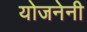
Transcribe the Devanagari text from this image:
योजनेनी